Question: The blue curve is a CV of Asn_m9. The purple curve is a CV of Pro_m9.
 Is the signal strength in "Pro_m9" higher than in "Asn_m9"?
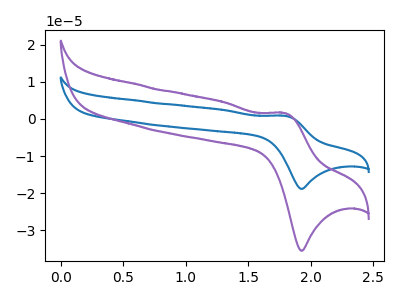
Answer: <think>The blue curve "Asn_m9" has an anodic peak at (1.80V, 0.85uA) and a cathodic peak at (1.95V, -18.85uA). The purple curve "Pro_m9" has an anodic peak at (1.80V, 1.60uA) and a cathodic peak at (1.95V, -35.45uA).
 All the peaks in "Pro_m9" have a peak in "Asn_m9" at the same potential. Every peak in "Pro_m9" is higher than every peak in "Asn_m9".</think>
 <answer>"Pro_m9" has more signal than "Asn_m9".</answer>
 <eval>more_signal</eval>